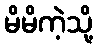
မိမိကဲ့သို့